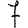
Digit: 7